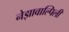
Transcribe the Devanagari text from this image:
नेझावाल्पिली